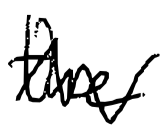
Text: the
Cross-out: zig-zag
Writing tool: digital_black